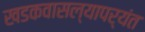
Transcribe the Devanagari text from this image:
खडकवासल्यापर्यंत